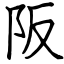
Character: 阪